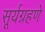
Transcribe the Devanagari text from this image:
सूर्यग्रहणे